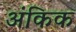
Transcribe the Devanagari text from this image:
अंकिक